Indian journal of veterinary science and animal husbandry - Volumes 15-17, 1948-1951
Year: 1948
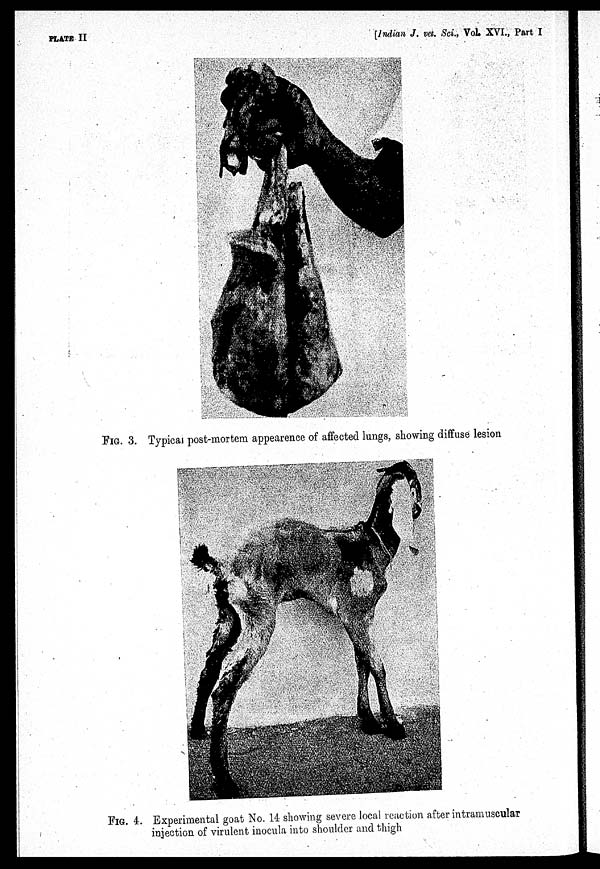
PLATE II
[Indian J. vet. Sci., Vol. XVI., Part I
FIG. 3. Typical post-mortem appearence of affected lungs, showing diffuse lesion
FIG. 4. Experimental goat No. 14 showing severe local reaction after intramuscular
injection of virulent inocula into shoulder and thigh